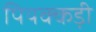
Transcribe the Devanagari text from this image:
पियक्कड़ी